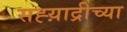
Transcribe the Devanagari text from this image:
सह्य़ाद्रीच्या